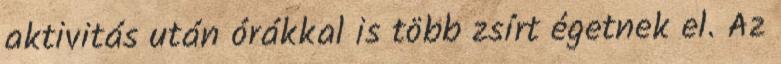
aktivitás után órákkal is több zsírt égetnek el. Az